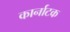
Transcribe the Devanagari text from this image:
कार्नाटक